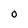
Character: O